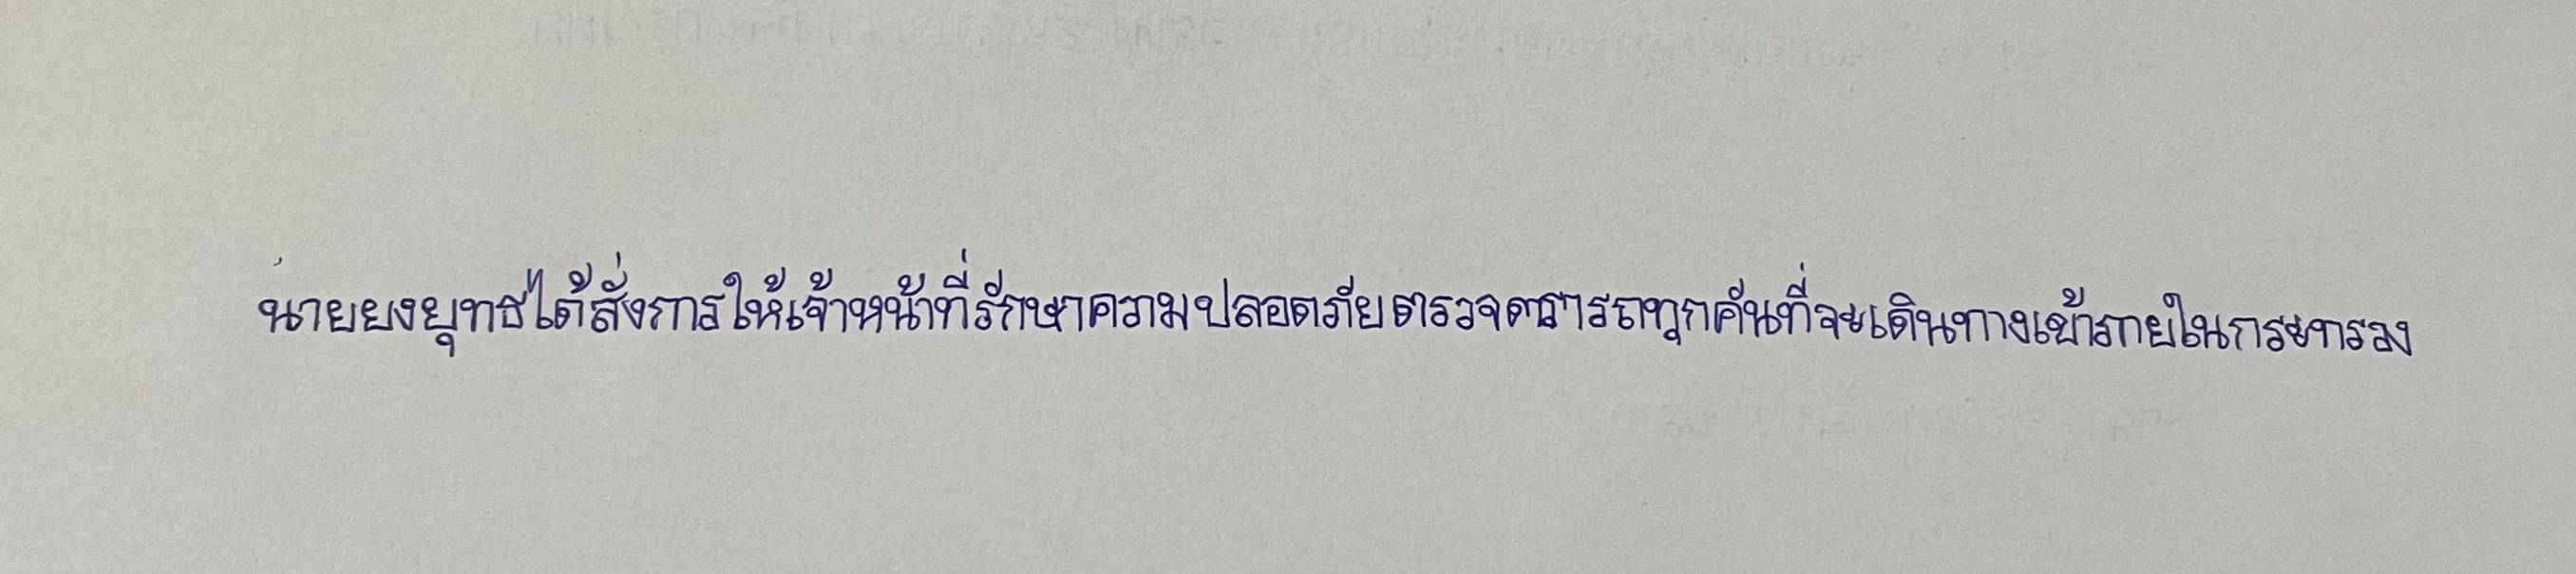
นายยงยุทธได้สั่งการให้เจ้าหน้าที่รักษาความปลอดภัยตรวจตรารถทุกคันที่จะเดินทางเข้าภายในกระทรวง